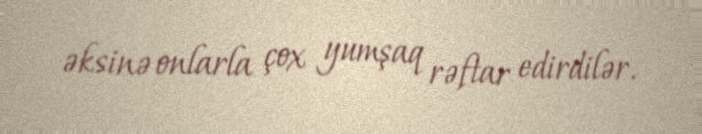
əksinə onlarla çox yumşaq rəftar edirdilər.